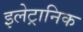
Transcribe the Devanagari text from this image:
इलेट्रानिक